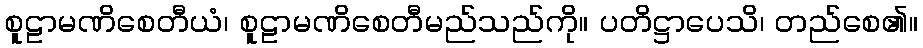
စူဠာမဏိစေတီယံ၊ စူဠာမဏိစေတီမည်သည်ကို။ ပတိဋ္ဌာပေသိ၊ တည်စေ၏။